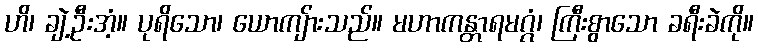
ဟိ၊ ချဲ့ဦးအံ့။ ပုရိသော၊ ယောကျ်ားသည်။ မဟာကန္တာရမဂ္ဂံ၊ ကြီးစွာသော ခရီးခဲကို။